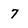
Character: 7